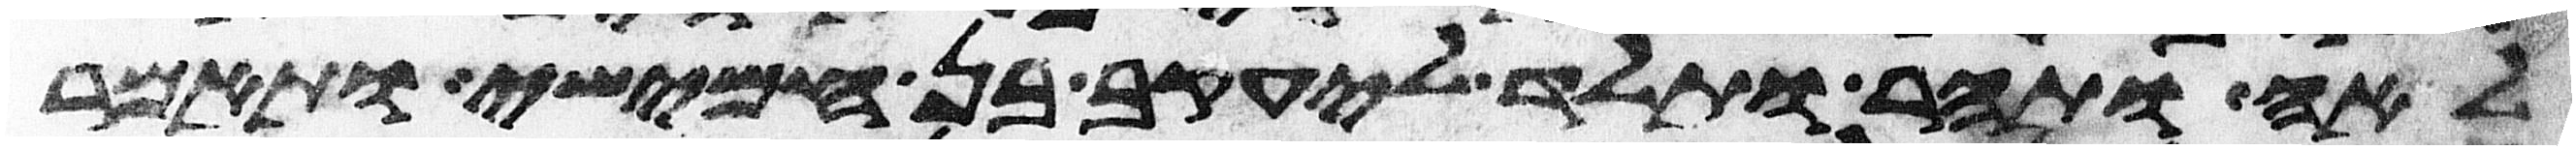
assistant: לאה ותהר ותלד ליעקב בן חמישי ותאמר